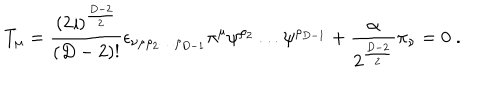
T _ { \mu } = \frac { ( 2 \imath ) ^ { \frac { D - 2 } { 2 } } } { ( D - 2 ) ! } \epsilon _ { \nu \mu \rho _ { 2 } \ldots \rho _ { D - 1 } } \pi ^ { \mu } \psi ^ { \rho _ { 2 } } \ldots \psi ^ { \rho _ { D - 1 } } + \frac { \alpha } { 2 ^ { \frac { D - 2 } { 2 } } } \pi _ { \nu } = 0 \; .